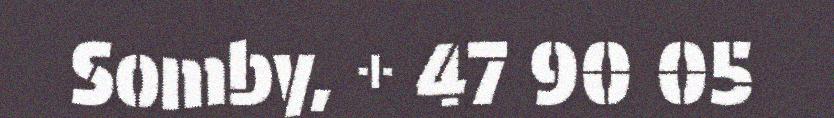
Somby, + 47 90 05